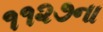
૧૧૨૭ના